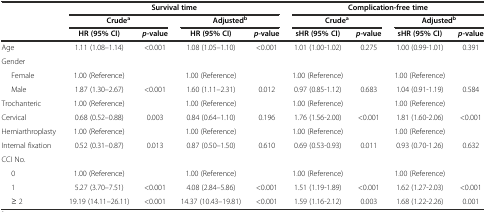
<table><thead><tr><td></td><td colspan="4"><b>Survival time</b></td><td colspan="4"><b>Complication-free time</b></td></tr><tr><td rowspan="2"></td><td colspan="2"><b>Crude<sup>a</sup></b></td><td colspan="2"><b>Adjusted<sup>b</sup></b></td><td colspan="2"><b>Crude<sup>a</sup></b></td><td colspan="2"><b>Adjusted<sup>b</sup></b></td></tr><tr><td><b>HR (95% CI)</b></td><td><b><i>p-</i> value</b></td><td><b>HR (95% CI)</b></td><td><b><i>p-</i> value</b></td><td><b>sHR (95% CI)</b></td><td><b><i>p-</i> value</b></td><td><b>sHR (95% CI)</b></td><td><b><i>p-</i> value</b></td></tr></thead><tbody><tr><td>Age</td><td>1.11 (1.08–1.14)</td><td>&lt;0.001</td><td>1.08 (1.05–1.10)</td><td>&lt;0.001</td><td>1.01 (1.00-1.02)</td><td>0.275</td><td>1.00 (0.99-1.01)</td><td>0.391</td></tr><tr><td>Gender</td><td></td><td></td><td></td><td></td><td></td><td></td><td></td><td></td></tr><tr><td>Female</td><td>1.00 (Reference)</td><td></td><td>1.00 (Reference)</td><td></td><td>1.00 (Reference)</td><td></td><td>1.00 (Reference)</td><td></td></tr><tr><td>Male</td><td>1.87 (1.30–2.67)</td><td>&lt;0.001</td><td>1.60 (1.11–2.31)</td><td>0.012</td><td>0.97 (0.85-1.12)</td><td>0.683</td><td>1.04 (0.91-1.19)</td><td>0.584</td></tr><tr><td>Trochanteric</td><td>1.00 (Reference)</td><td></td><td>1.00 (Reference)</td><td></td><td>1.00 (Reference)</td><td></td><td>1.00 (Reference)</td><td></td></tr><tr><td>Cervical</td><td>0.68 (0.52–0.88)</td><td>0.003</td><td>0.84 (0.64–1.10)</td><td>0.196</td><td>1.76 (1.56-2.00)</td><td>&lt;0.001</td><td>1.81 (1.60-2.06)</td><td>&lt;0.001</td></tr><tr><td>Hemiarthroplasty</td><td>1.00 (Reference)</td><td></td><td>1.00 (Reference)</td><td></td><td>1.00 (Reference)</td><td></td><td>1.00 (Reference)</td><td></td></tr><tr><td>Internal fixation</td><td>0.52 (0.31–0.87)</td><td>0.013</td><td>0.87 (0.50–1.50)</td><td>0.610</td><td>0.69 (0.53-0.93)</td><td>0.011</td><td>0.93 (0.70-1.26)</td><td>0.632</td></tr><tr><td>CCI No.</td><td></td><td></td><td></td><td></td><td></td><td></td><td></td><td></td></tr><tr><td>0</td><td>1.00 (Reference)</td><td></td><td>1.00 (Reference)</td><td></td><td>1.00 (Reference)</td><td></td><td>1.00 (Reference)</td><td></td></tr><tr><td>1</td><td>5.27 (3.70–7.51)</td><td>&lt;0.001</td><td>4.08 (2.84–5.86)</td><td>&lt;0.001</td><td>1.51 (1.19-1.89)</td><td>&lt;0.001</td><td>1.62 (1.27-2.03)</td><td>&lt;0.001</td></tr><tr><td>≥ 2</td><td>19.19 (14.11–26.11)</td><td>&lt;0.001</td><td>14.37 (10.43–19.81)</td><td>&lt;0.001</td><td>1.59 (1.16-2.12)</td><td>0.003</td><td>1.68 (1.22-2.26)</td><td>0.001</td></tr></tbody></table>